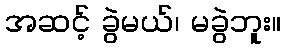
အဆင့် ခွဲမယ်၊ မခွဲဘူး။